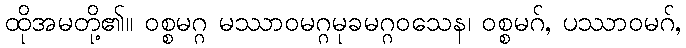
ထိုအမတို့၏။ ဝစ္စမဂ္ဂ မဿာဝမဂ္ဂမုခမဂ္ဂဝသေန၊ ဝစ္စမဂ်, ပဿာဝမဂ်,